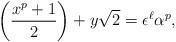
LaTeX: \begin{align*}\left( \frac{x^p+1}{2} \right) + y\sqrt{2}= \epsilon^{\ell} \alpha^p,\end{align*}